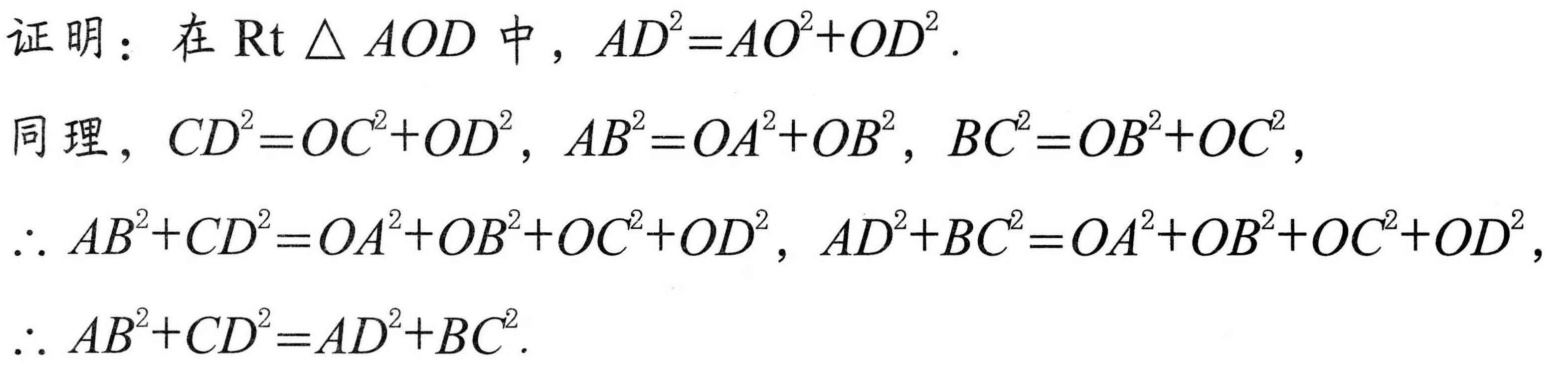
证明：在\(\text{Rt }\triangle AOD\)中，\(AD^{2}=AO^{2}+OD^{2}\).
同理，\(CD^{2}=OC^{2}+OD^{2}\)，\(AB^{2}=OA^{2}+OB^{2}\)，\(BC^{2}=OB^{2}+OC^{2}\)，
\(\therefore AB^{2}+CD^{2}=OA^{2}+OB^{2}+OC^{2}+OD^{2}\)，\(AD^{2}+BC^{2}=OA^{2}+OB^{2}+OC^{2}+OD^{2}\)，
\(\therefore AB^{2}+CD^{2}=AD^{2}+BC^{2}\).
\(\therefore AB^{2}+CD^{2}=AD^{2}+BC^{2}\).